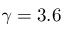
\gamma = 3 . 6